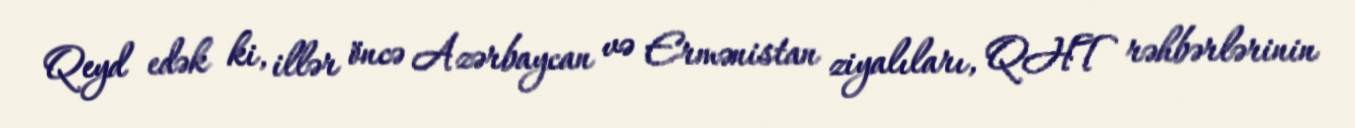
Qeyd edək ki, illər öncə Azərbaycan və Ermənistan ziyalıları, QHT rəhbərlərinin